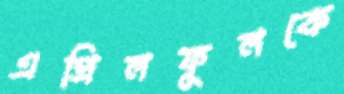
এপ্রিলফুলকে